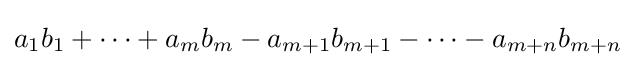
a_{1}b_{1}+\cdots +a_{m}b_{m}-a_{m+1}b_{m+1}-\cdots -a_{m+n}b_{m+n}